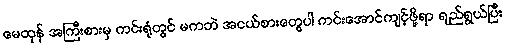
မေထုန် အကြီးစားမှ ကင်းရုံတွင် မကဘဲ အငယ်စားတွေပါ ကင်းအောင်ကျင့်ဖို့ရာ ရည်ရွယ်ပြီး